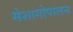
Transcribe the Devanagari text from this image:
सेशागोपालन